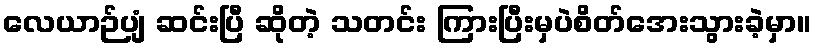
လေယာဉ်ပျံ ဆင်းပြီ ဆိုတဲ့ သတင်း ကြားပြီးမှပဲစိတ်အေးသွားခဲ့မှာ။